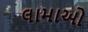
લામાઓ